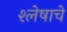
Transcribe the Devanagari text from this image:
श्लेषाचे